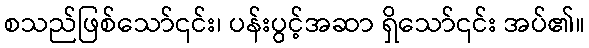
စသည်ဖြစ်သော်၎င်း၊ ပန်းပွင့်အဆာ ရှိသော်၎င်း အပ်၏။